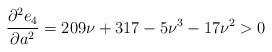
LaTeX: \begin{align*}\frac{\partial^2 e_4}{\partial a^2}&=209\nu+317-5\nu^3-17\nu^2>0\end{align*}